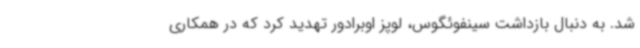
شد. به دنبال بازداشت سینفوئگوس، لوپز اوبرادور تهدید کرد که در همکاری